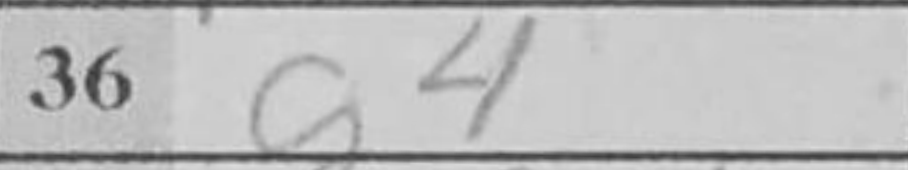
Transcription: g4